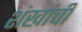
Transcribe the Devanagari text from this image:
शंखांची